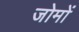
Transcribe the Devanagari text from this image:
जोमों